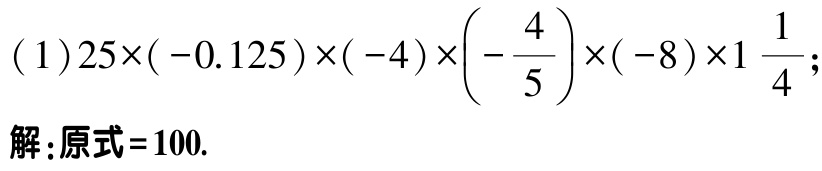
\((1)25\times(-0.125)\times(-4)\times\left(-\dfrac{4}{5}\right)\times(-8)\times1\dfrac{1}{4};\)

解:原式\( = 100.\)